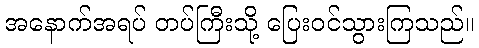
အနောက်အရပ် တပ်ကြီးသို့ ပြေးဝင်သွားကြသည်။